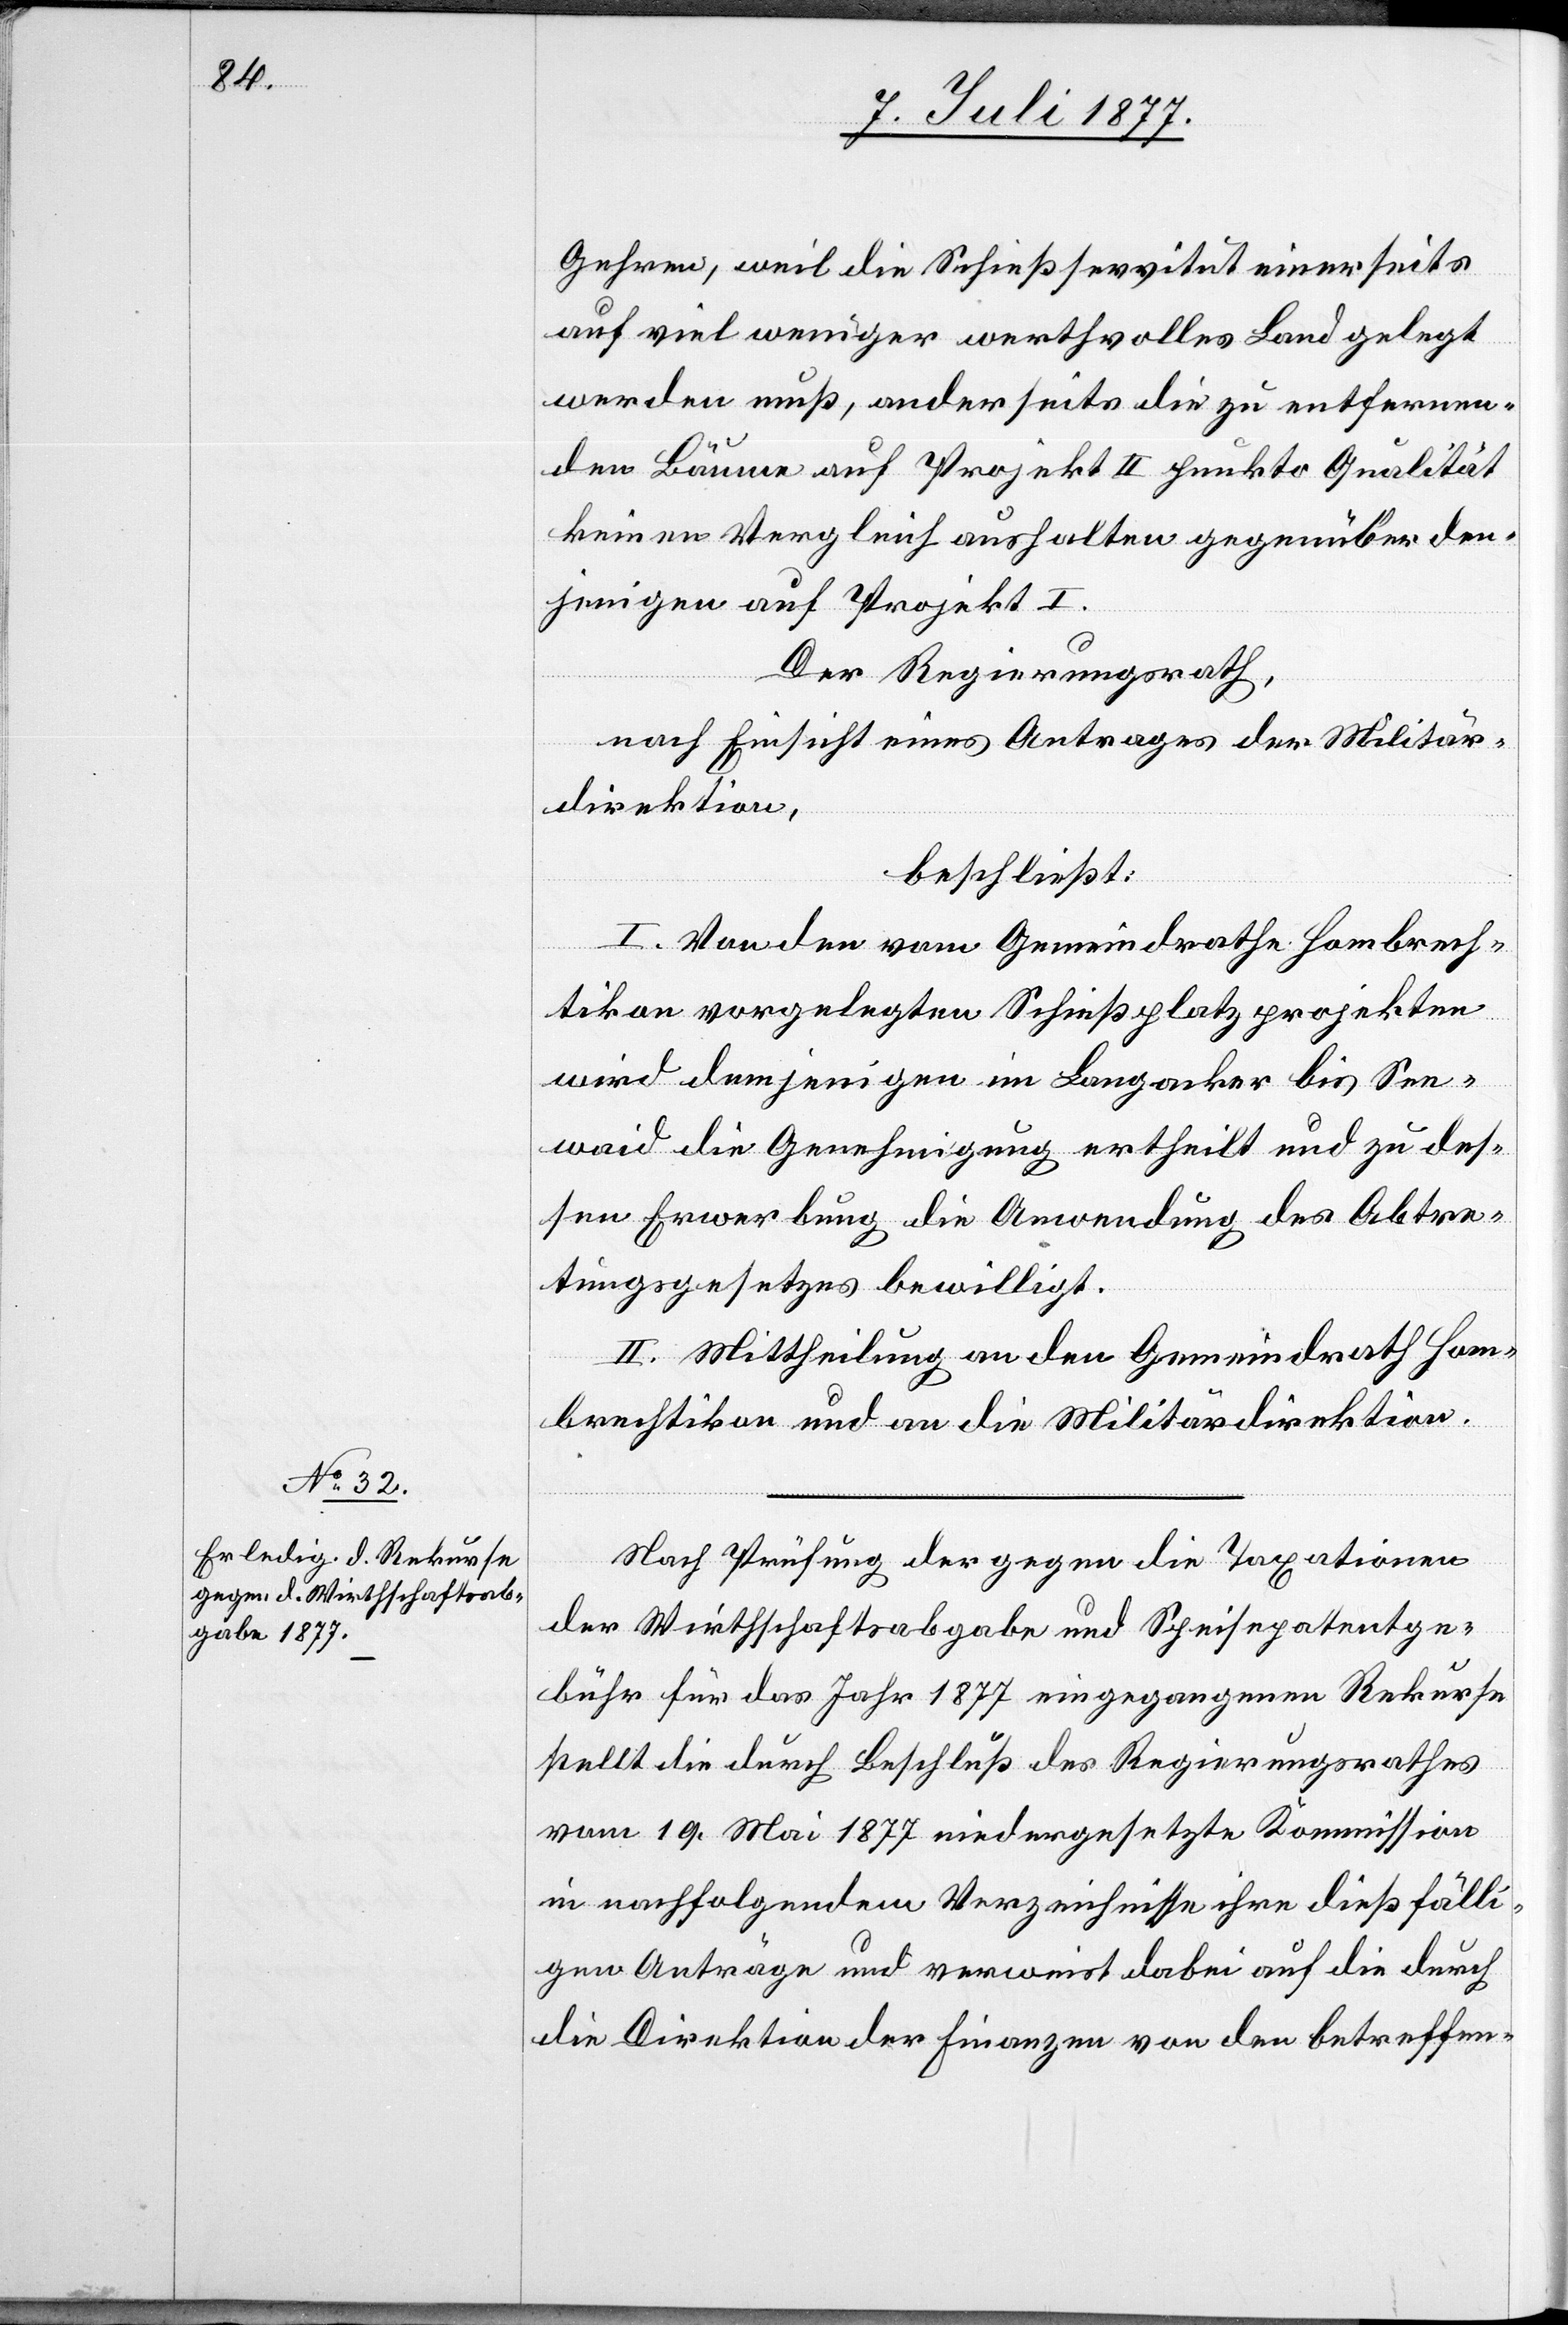
Gehren, weil die Schießservitut einerseits
auf viel weniger werthvolles Land gelegt
werden muß, anderseits die zu entfernen¬
den Bäume auf Projekt II punkto Qualität
keinen Vergleich aushalten gegenüber den¬
jenigen auf Projekt I.
Der Regierungsrath,
nach Einsicht eines Antrages der Militär¬
direktion,
beschließt:
I. Von den vom Gemeindrathe Hombrech¬
tikon vorgelegten Schießplatzprojekten
wird demjenigen im Langacker bis See¬
waid die Genehmigung ertheilt und zu des¬
sen Erwerbung die Anwendung des Abtre¬
tungsgesetzes bewilligt.
II. Mittheilung an den Gemeindrath Hom¬
brechtikon und an die Militärdirektion.
Nach Prüfung der gegen die Taxationen
der Wirthschaftsabgabe und Speisepatentge¬
bühr für das Jahr 1877 eingegangenen Rekurse
stellt die durch Beschluß des Regierungsrathes
vom 19. Mai 1877 niedergesetzte Kommission
in nachfolgendem Verzeichnisse ihre dießfälli¬
gen Anträge und verweist dabei auf die durch
die Direktion der Finanzen von den betreffen-